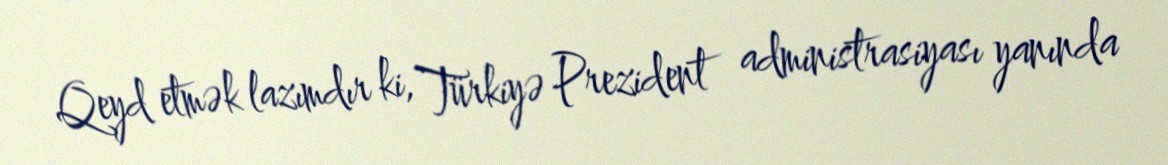
Qeyd etmək lazımdır ki, Türkiyə Prezident administrasiyası yanında